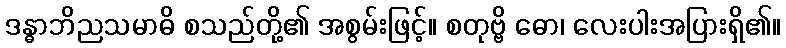
ဒန္ဓာဘိညသမာဓိ စသည်တို့၏ အစွမ်းဖြင့်။ စတုဗ္ဗိ ဓော၊ လေးပါးအပြားရှိ၏။